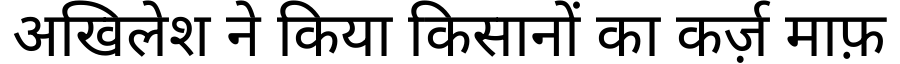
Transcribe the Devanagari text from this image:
अखिलेश ने किया किसानों का कर्ज़ माफ़